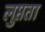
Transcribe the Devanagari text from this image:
लुप्तता